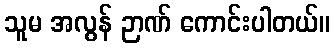
သူမ အလွန် ဉာဏ် ကောင်းပါတယ်။